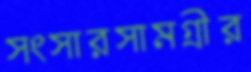
সংসারসামগ্রীর